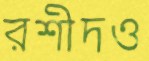
রশীদও